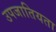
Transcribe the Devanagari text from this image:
उपजातियता